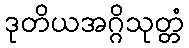
ဒုတိယအဂ္ဂိသုတ္တံ